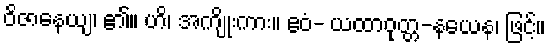
ဝိဇာနေယျ၊ ၏။ ဟိ၊ အကျိုးကား။ ဧဝံ- ယထာဝုတ္တ-နယေန၊ ဖြင့်။